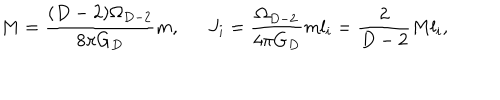
M = { \frac { ( D - 2 ) \Omega _ { D - 2 } } { 8 \pi G _ { D } } } m , \ \ J _ { i } = { \frac { \Omega _ { D - 2 } } { 4 \pi G _ { D } } } m l _ { i } = { \frac { 2 } { D - 2 } } M l _ { i } ,